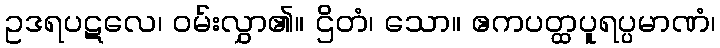
ဥဒရပဋလေ၊ ဝမ်းလွှာ၏။ ဌိတံ၊ သော။ ဧကပတ္ထပူရပ္ပမာဏံ၊